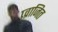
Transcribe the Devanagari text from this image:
प्र्व्राजित